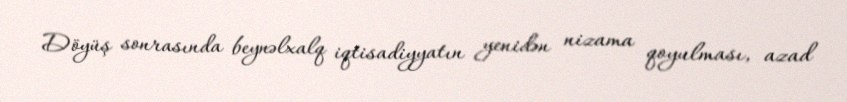
Döyüş sonrasında beynəlxalq iqtisadiyyatın yenidən nizama qoyulması, azad